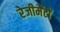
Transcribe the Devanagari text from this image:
रेजीमैंटों